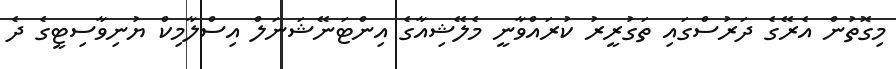
މިގޮތުން އެރޭގެ ދަރުސްގައި ތަގުރީރު ކުރައްވާނީ މެލޭޝިއާގެ އިންޓަނޭޝަނަލް އިސްލާމިކް ޔުނިވާސިޓީގެ ދެ